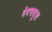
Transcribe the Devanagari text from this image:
देवसदृश